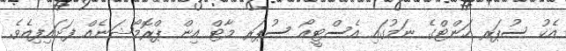
އެކު ސުޕަރ ހަންޓްގެ ނަމުގައި އެސްޓީއޯ ސުޕަރ މާޓް އިން ޕްރޮމޯޝަނެއް ފަށައިފިއެވެ.